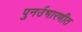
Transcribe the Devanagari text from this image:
पुनर्उभारणीत